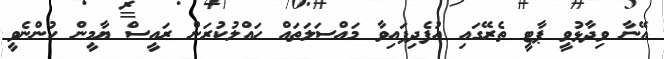
އޭނާ ވިދާޅުވީ ޕާޓީ ތެރޭގައި އުފެދިފައިވާ މައްސަލަތައް ހައްލުކުރަން ރައީސް ޔާމީން ހުންނެވީ